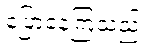
ပြောနေကြသည်။